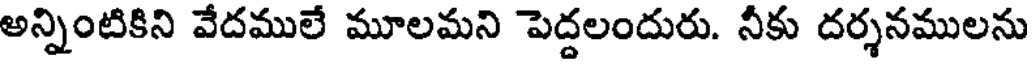
అన్నింటికిని వేదములే మూలమని పెద్దలందురు. నీకు దర్శనములను